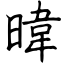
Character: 暐